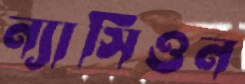
ন্যাসিওন